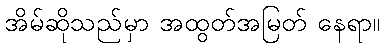
အိမ်ဆိုသည်မှာ အထွတ်အမြတ် နေရာ။